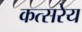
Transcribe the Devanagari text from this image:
कत्सरेय